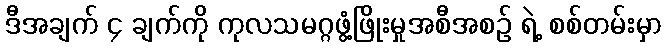
ဒီအချက် ၄ ချက်ကို ကုလသမဂ္ဂဖွံ့ဖြိုးမှုအစီအစဉ် ရဲ့ စစ်တမ်းမှာ